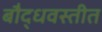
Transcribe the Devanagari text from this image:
बौद्धवस्तीत